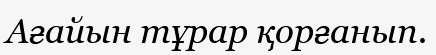
Ағайын тұрар қорғанып.